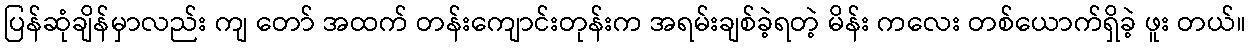
ပြန်ဆုံချိန်မှာလည်း ကျ တော် အထက် တန်းကျောင်းတုန်းက အရမ်းချစ်ခဲ့ရတဲ့ မိန်း ကလေး တစ်ယောက်ရှိခဲ့ ဖူး တယ်။